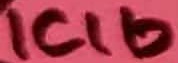
Text: ICIb